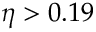
\eta > 0 . 1 9